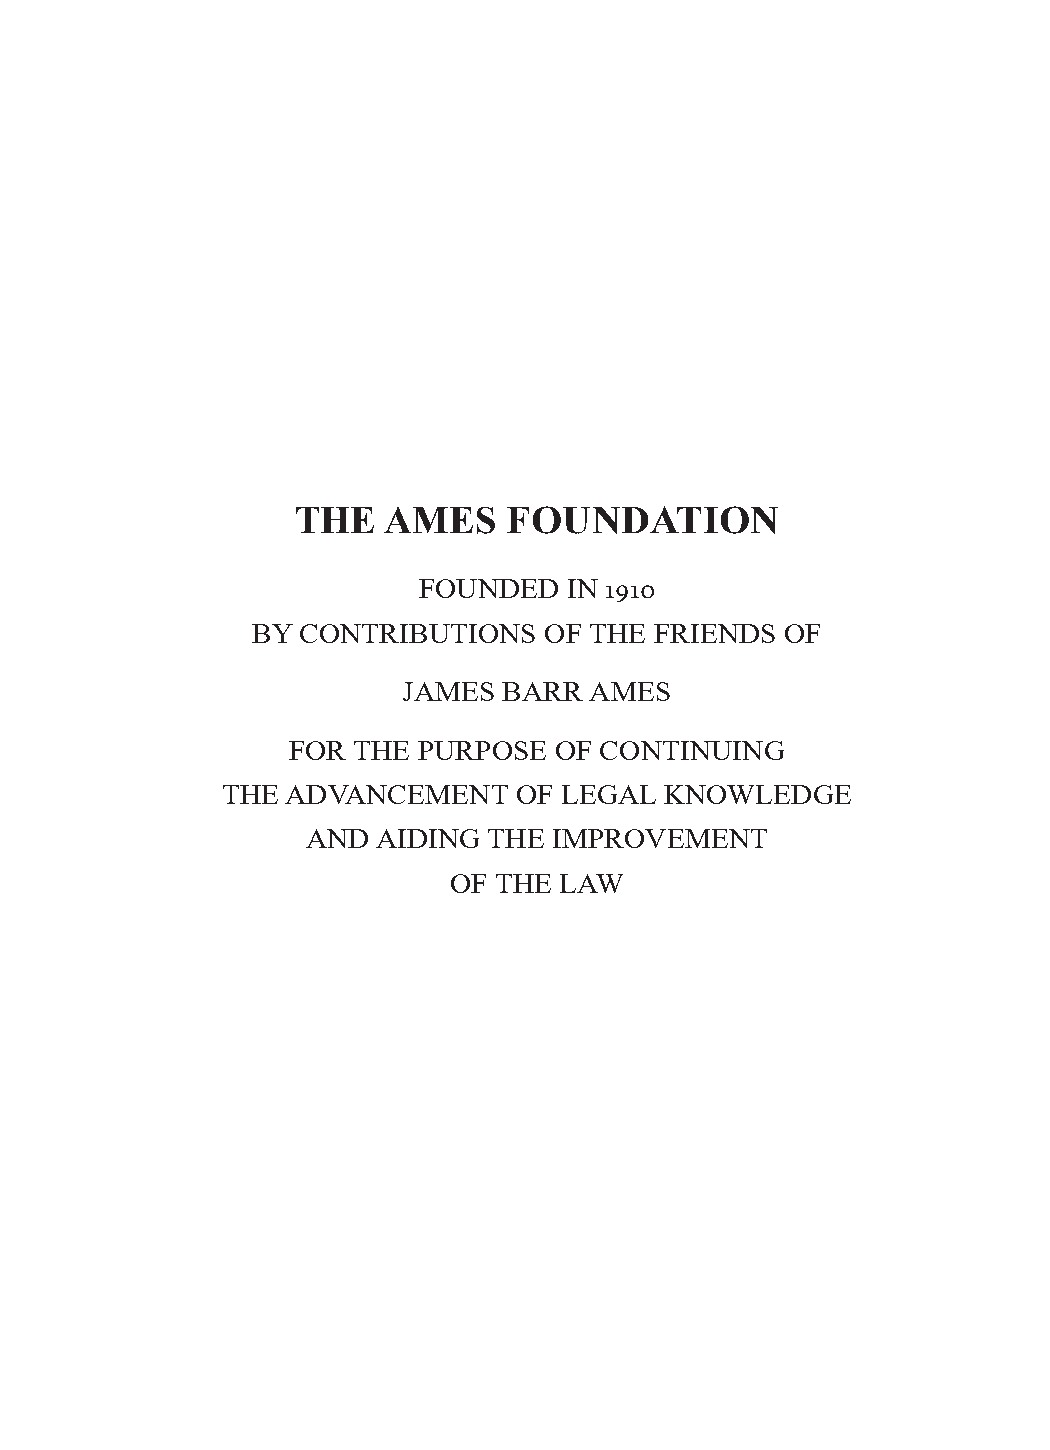
THE  AMES     FOUNDATION
 FOUNDED   IN 1910
 BY CONTRIBUTIONS   OF THE FRIENDS  OF
 JAMES BARR  AMES
 FOR THE  PURPOSE  OF CONTINUING
 THE ADVANCEMENT    OF LEGAL  KNOWLEDGE
 AND  AIDING THE  IMPROVEMENT
 OF THE LAW